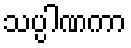
သပ္ပါဏကာ